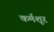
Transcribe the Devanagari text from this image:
कर्मशूर